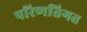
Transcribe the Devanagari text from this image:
परिणतिगत